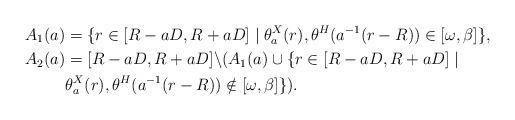
LaTeX: \begin{align*}A_1(a) &= \{ r \in [R-aD, R+aD] \mid \theta_a^X( r),\theta^H( a^{-1}(r-R)) \in [\omega,\beta]\},\\A_2(a) &= [R-aD,R+aD]\backslash ( A_1(a)\cup \{ r \in [R-aD,R+aD] \mid \\ &\theta_a^X(r),\theta^H( a^{-1}(r-R)) \notin [\omega,\beta]\}).\end{align*}